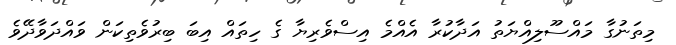
މިތަނުގާ މައްސޫލިއްޔަތު އަދާކުރާ އެއްމެ އިސްވެރިޔާ ގެ ހިތައް އިބަ ބިރުވެތިކަން ވައްދަވާދޭވެ